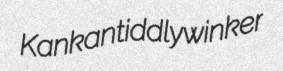
Kankan tiddlywinker